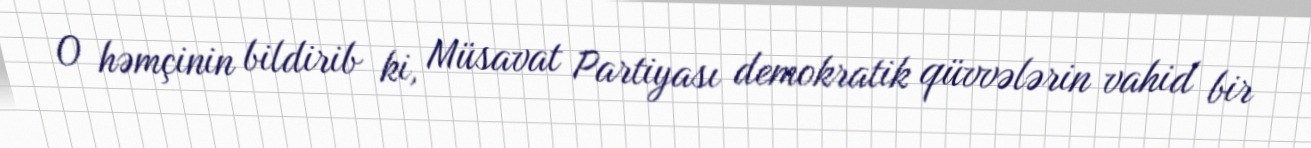
O həmçinin bildirib ki, Müsavat Partiyası demokratik qüvvələrin vahid bir